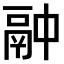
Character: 𫙄